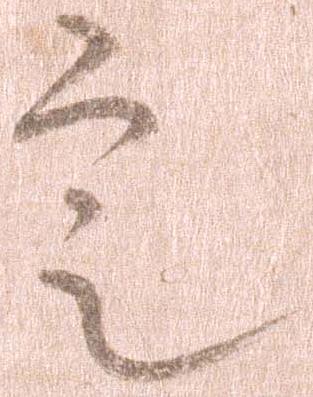
定